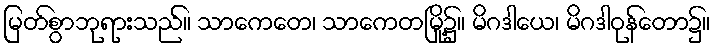
မြတ်စွာဘုရားသည်။ သာကေတေ၊ သာကေတမြို့၌။ မိဂဒါယေ၊ မိဂဒါဝုန်တော၌။